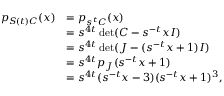
\begin{array} { r l } { p _ { { \boldsymbol { S } } ( t ) { \boldsymbol { C } } } ( x ) } & { = p _ { s ^ { t } { \boldsymbol { C } } } ( x ) } \\ & { = s ^ { 4 t } \operatorname* { d e t } ( { \boldsymbol { C } } - s ^ { - t } x { \boldsymbol { I } } ) } \\ & { = s ^ { 4 t } \operatorname* { d e t } ( { \boldsymbol { J } } - ( s ^ { - t } x + 1 ) { \boldsymbol { I } } ) } \\ & { = s ^ { 4 t } p _ { \boldsymbol { J } } ( s ^ { - t } x + 1 ) } \\ & { = s ^ { 4 t } ( s ^ { - t } x - 3 ) ( s ^ { - t } x + 1 ) ^ { 3 } , } \end{array}